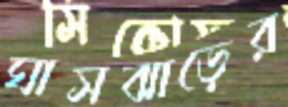
ঘাসঝাড়ের